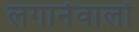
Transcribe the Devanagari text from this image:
लगानेवालों